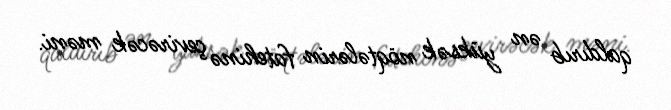
qaldırıb ən yüksək nöqtələrin fatehinə çevirəcək məni.